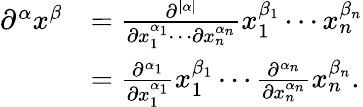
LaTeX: {\begin{array}{rl}{\partial^{\alpha}x^{\beta}}&{={\frac{\partial^{\vert\alpha\vert}}{\partial x_{1}^{\alpha_{1}}\cdots\partial x_{n}^{\alpha_{n}}}}x_{1}^{\beta_{1}}\cdots x_{n}^{\beta_{n}}}\\ &{={\frac{\partial^{\alpha_{1}}}{\partial x_{1}^{\alpha_{1}}}}x_{1}^{\beta_{1}}\cdots{\frac{\partial^{\alpha_{n}}}{\partial x_{n}^{\alpha_{n}}}}x_{n}^{\beta_{n}}.}\end{array}}